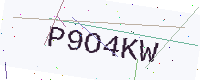
Text: P9O4KW